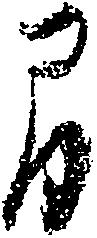
間